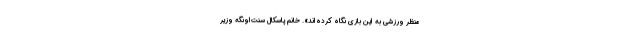
منظر ورزشی به این بازی نگاه کرده‌اند». خانم پاسکال سنت‌اونگه وزیر